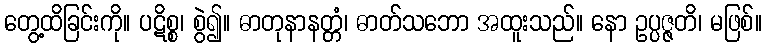
တွေ့ထိခြင်းကို။ ပဋိစ္စ၊ စွဲ၍။ ဓာတုနာနတ္တံ၊ ဓာတ်သဘော အထူးသည်။ နော ဥပ္ပဇ္ဇတိ၊ မဖြစ်။